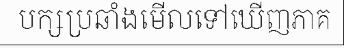
បក្សប្រឆាំងមើលទៅឃើញភាគ